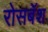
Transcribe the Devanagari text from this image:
रोसबॅश